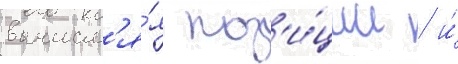
вычисл'я́я поз'и́ции / и́